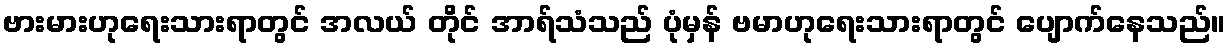
ဗားမားဟုရေးသားရာတွင် အလယ် တိုင် အာရ်သံသည် ပုံမှန် ဗမာဟုရေးသားရာတွင် ပျောက်နေသည်။